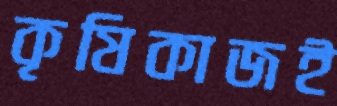
কৃষিকাজই